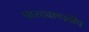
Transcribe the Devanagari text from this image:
पारदवाष्पदीप